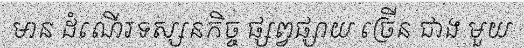
មាន ដំណើរទស្សនកិច្ច ផ្សព្វផ្សាយ ច្រើន ជាង មួយ